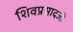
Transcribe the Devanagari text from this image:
शिवप्रसादजी